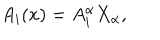
A _ { i } ( x ) = A _ { i } ^ { \alpha } X _ { \alpha } ,